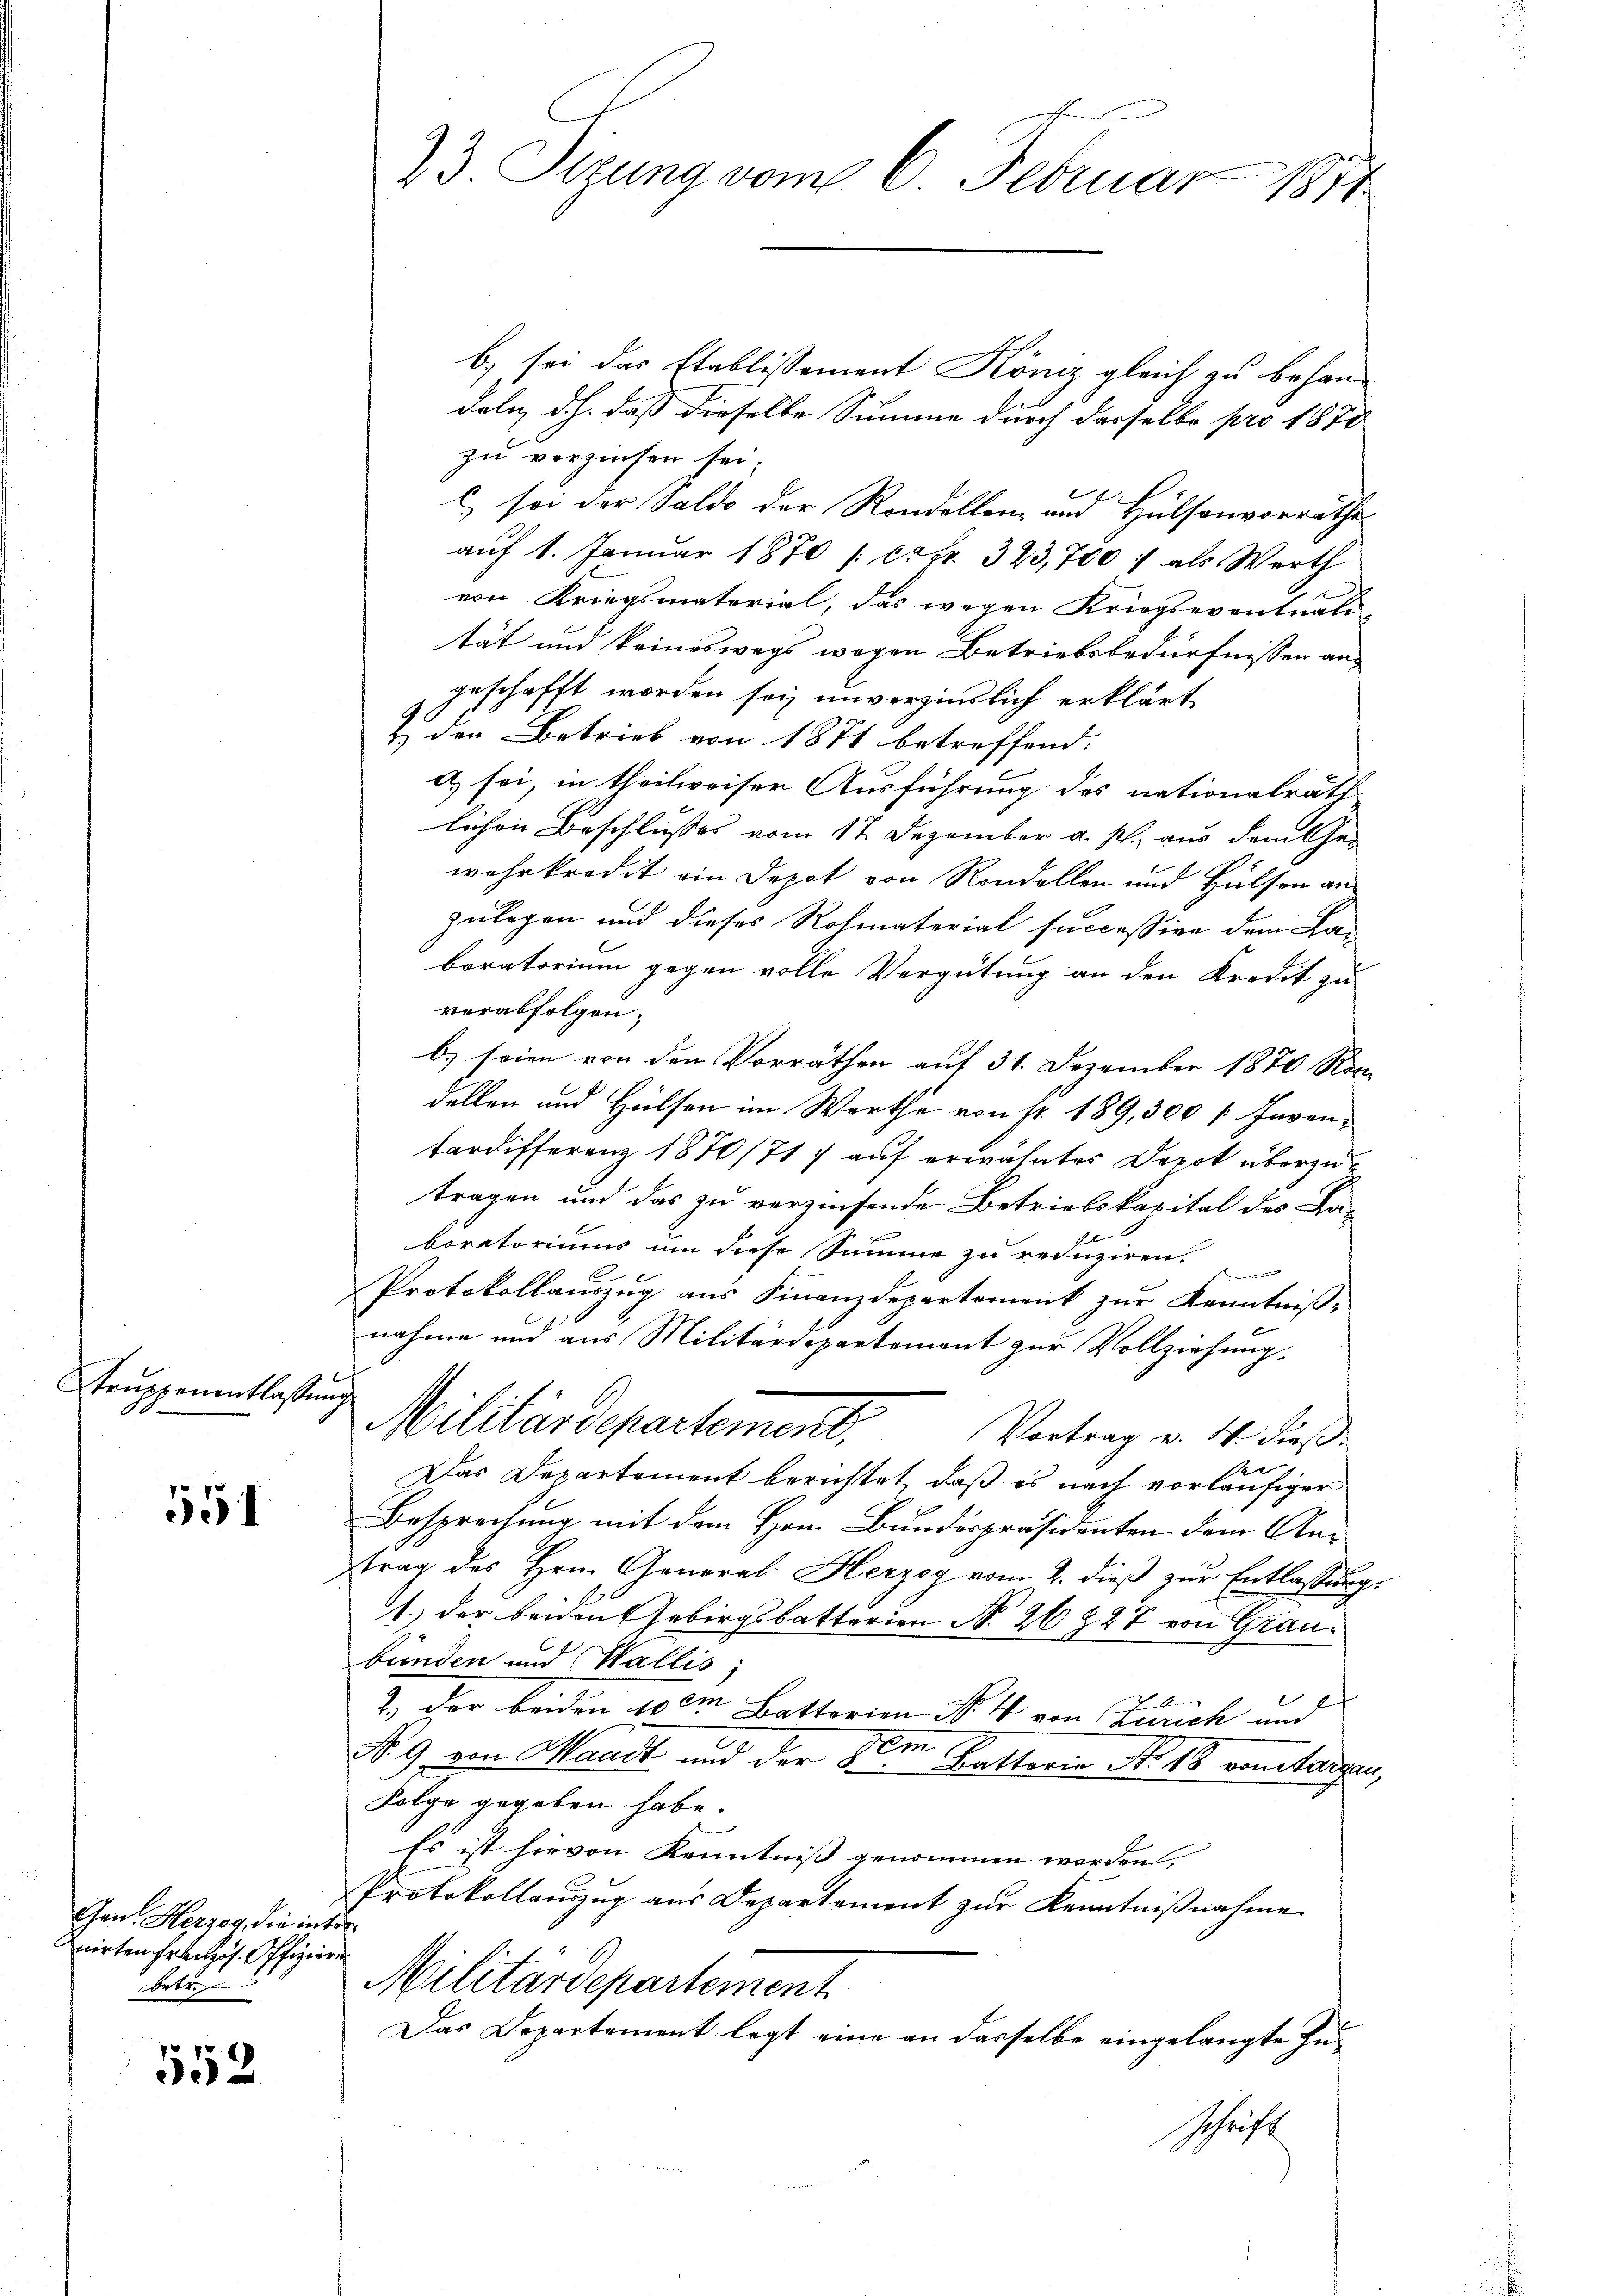
Struppenentlassung

551

Gan. Herzog, die inter
nirten Französ. Offizier
betre

552.

b) sei das Etablissement Köniz gleich zu behan-
dole, d.h. daß dieselbe Summe durch dasselbe pro 1878
zu verzinsen sei.
C. sei der Saldo der Randellen- und Hülsenvorräthe
auf 1. Januar 1870 / estr. 323,700 / als Werth
1
von Kriegsmaterial, das wegen Kriegseventuali-
tät und keineswegs wegen Betriebsbedürfnissen angeschafft worden sei unverzinslich erklärt
& den Betrieb von 1871 betreffend:
A) sei, in theilweiser Ausführung des nationalräth
lichen Beschlusses vom 11. Dezember a. p. aus dem Ge-
wahrkredit ein Depot von Randellen und Hülsen an
zulegen und dieses Rohmaterial successive dem La-
boratorium gegen volle Vergütung an den Kredit zu
verabfolgen.
b) seien von den Vorräthen auf 31. Dezember 1870 Kon-
dellen und Hülsen im Werthe von Fr. 189, 300 / Inventardifferenz 1870/71) auf erwähntes Depot überzutragen und das zu verzinsende Betriebskapital des Laboratoriums um diese Summe zu reduziren.
Protokollauszug aus Finanzdepartement zur Kenntniß-
nahme und aus Militärdepartement zur Vollziehung
Militärdepartement,
Vortrag v. 4. dieß
Das Departement berichtet, daß es nach vorläufiger
Besprechung mit dem Herr Bundespräsidenten dem Antrag des Hrn. General Herzog vom 2. dieß zur Entlassung,
1.) der beiden Gebirgsbatterien No. 26 Z 27 von Graubünden und Wallis
2.) Der beiden 100m Battorien No. 4 von Zürich und
No. 9. von Waadt und der dem Battorie No. 18 von taugen,
Folge gegeben habe.
Es ist hievon Kenntniß genommen worden,
Protokollauszug aus Departement zur Kenntnißnahme
Militärdepartement
Das Departement legt eine an dasselbe eingelangte Zuschrift

23. Sizung vom 6. Februar 1891